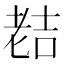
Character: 𮋜